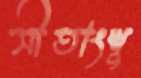
সীতাংশু